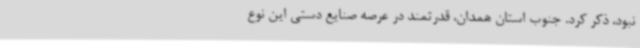
نبود، ذکر کرد. جنوب استان همدان، قدرتمند در عرصه صنایع دستی این نوع